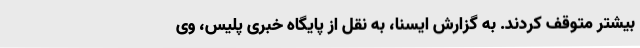
بیشتر متوقف کردند. به گزارش ایسنا، به نقل از پایگاه خبری پلیس، وی